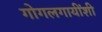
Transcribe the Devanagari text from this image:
गोगलगायींशी